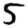
Digit: 5